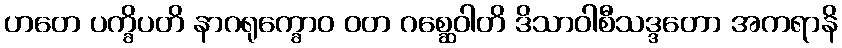
ဟတေ ပက္ခိပတိ နာဂရုက္ခောဝ ဝတ ဂစ္ဆေဝါတိ ဒိသာဝါစီသဒ္ဒတော အကရာနိ